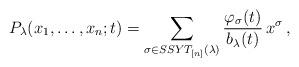
LaTeX: \begin{align*} P_{\lambda}(x_1,\ldots,x_n;t)=\sum_{\sigma \in SSYT_{[n]}(\lambda)} \frac{\varphi_\sigma(t)}{b_{\lambda}(t)}\,x^{\sigma}\,,\end{align*}